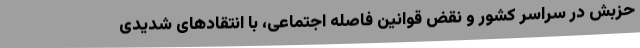
حزبش در سراسر کشور و نقض قوانین فاصله اجتماعی، با انتقادهای شدیدی